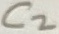
Text: C2